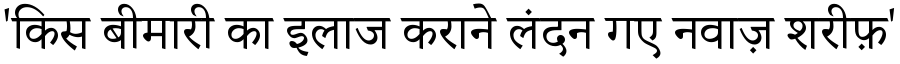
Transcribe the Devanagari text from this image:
'किस बीमारी का इलाज कराने लंदन गए नवाज़ शरीफ़'